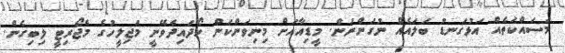
މަސައްކަތެއް އަޅުގަނޑު ބަލައެއް ނުގަންނަން. މީޑިއާއަށް މިނިވަންކަން ހޯދައިދެވޭނީ މަޖިލީހުގެ މެޖޯރިޓީ ލިބިގެން.